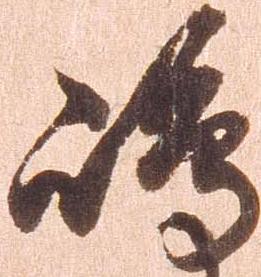
嶋